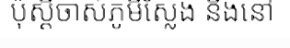
ប៉ុស្តិចាស់ភូមិស្លែង និងនៅ